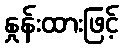
နှုန်းထားဖြင့်